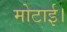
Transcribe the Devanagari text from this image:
मोटाई।